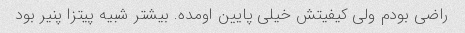
راضی بودم ولی کیفیتش خیلی پایین اومده. بیشتر شبیه پیتزا پنیر بود